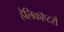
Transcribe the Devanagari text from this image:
हेलिकाॅप्टरों